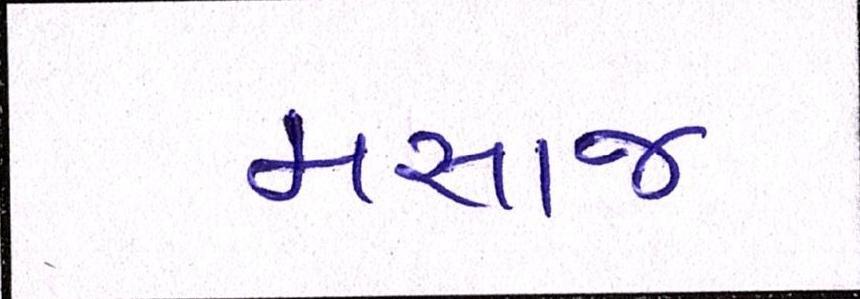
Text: મસાજ